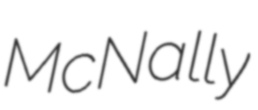
McNally